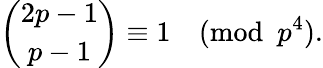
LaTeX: {\binom{2p-1}{p-1}}\equiv 1{\pmod{p^{4}}}.